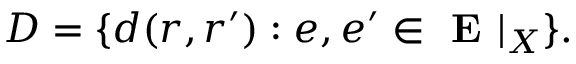
D = \{ d ( r , r ^ { \prime } ) : e , e ^ { \prime } \in \textbf { E } | _ { X } \} .